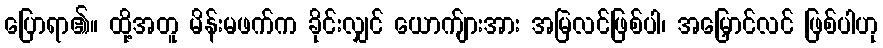
ပြောရာ၏။ ထို့အတူ မိန်းမဖက်က ခိုင်းလျှင် ယောက်ျားအား အမြဲလင်ဖြစ်ပါ၊ အမြှောင်လင် ဖြစ်ပါဟု